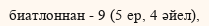
биатлоннан - 9 (5 ер, 4 әйел),